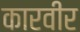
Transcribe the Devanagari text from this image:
कारवीर